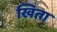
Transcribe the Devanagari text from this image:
खिता